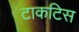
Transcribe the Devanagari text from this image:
टाकटिस